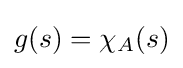
g(s)=\chi _{A}(s)